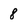
Character: 8